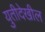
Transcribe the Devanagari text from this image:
युतीदेखील